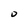
Character: 0